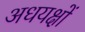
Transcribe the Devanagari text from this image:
अधयक्षों